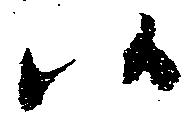
候